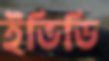
ইভিডি